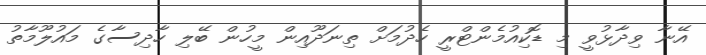
އޭނާ ވިދާޅުވީ މި ޑޮކިއުމެންޓްރީ ހެދުމަށް ތިނަދޫއިން މީހުން ބޭލި ހާދިސާގެ މައުލޫމާތު